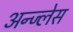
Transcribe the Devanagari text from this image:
अन्ज्लेस